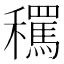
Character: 𱶬